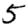
Digit: 5